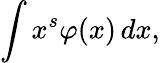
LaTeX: \int x^{s}\varphi(x)\, dx,